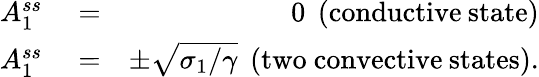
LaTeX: \begin{array}{rlr}{A_{1}^{ss}}&{{}=}&{0\mathrm{\: \: (conductive\: state)}}\\ {A_{1}^{ss}}&{{}=}&{\pm\sqrt{\sigma_{1}/\gamma}\mathrm{\: \: (two\ convective\: states)}.}\end{array}